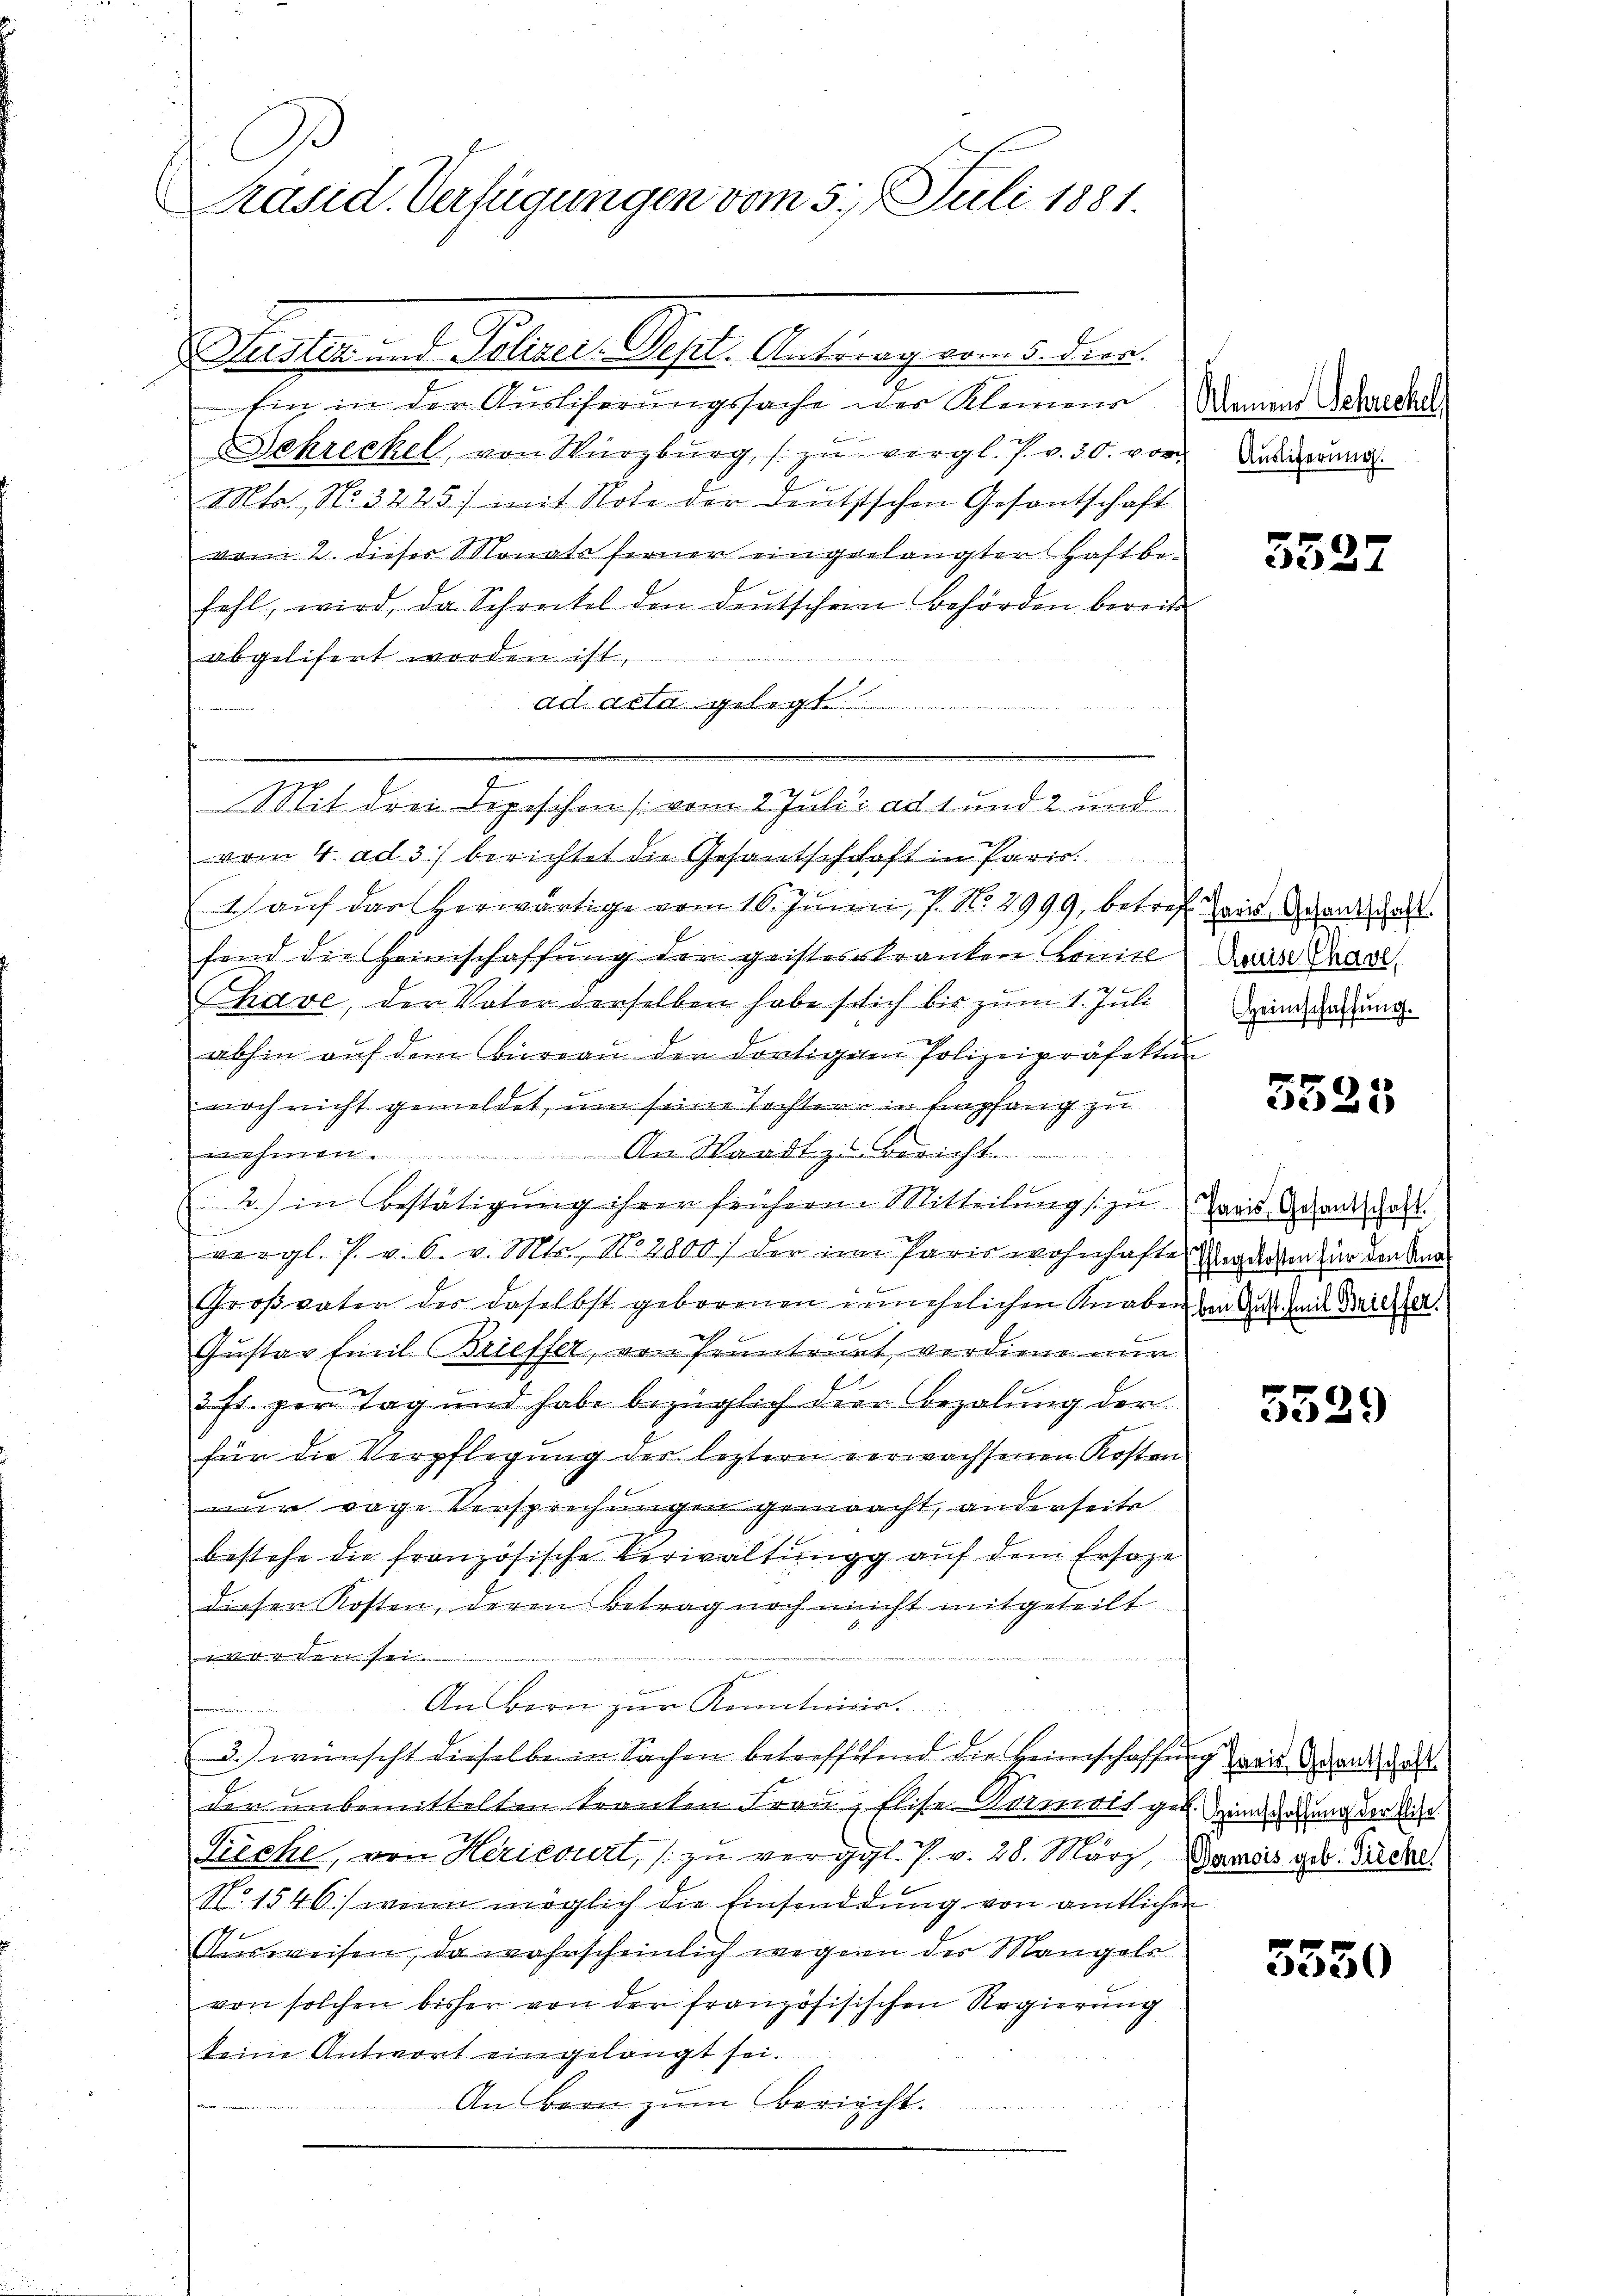
e
Präsid. Verfügungen vom 5. Juli 1881.

uestern d. Galien. Gesel. Antrag von 5. der
Ein in der Auslieferungssache des Kleinens
Schreckel, von Würzburg, zu vergl. P. v. 30. vor
MMts., No. 3225) mit Note der deutstschen Gesantschaft
vom 2. dieser Monate ferner eingelangten Haftbefahl, wird, da Schenckel den deutschen Behörden bereits
abgelifert worden ist,
ad acta gelegt.
e
u
Mit drei Depeschen [vom 2. Juli ad 1 und 2 und
vom 4. ad 3) berichtet die Gesantschaft in Paris
1) auf das herwärtige vom 16. Junii, 7. No. 2999, betref
fend die Heimschaffung der geisteskranken Konite
2
Thave, der Vater derselben habe sich bis zum 1. Juli
abhin aŭf dem Büreaŭ der dortigem Polizeipräfektur
noch nicht gemeldet, um seine Tochtern in Empfang zu
An Waadt zu bericht.
h
2) in Bestätigung ihrer frühern. Mitteilung zu
vergl. J. v. 6. v. Mts., N. 2800 / der in Paris wohnhafte Kosten für den Kna¬
Großvater des daselbst geborenen innehelichen Knaben von des mit Dicker.
e
h
Gustav fiel Brieffer, von früntragt, verdiene nun
2. fl. per Tag und habe bezüglich der Bezalung der
für die Verpflegung der leztern verwachsenen Kosten
nur vage Versprechungen gemaacht, anderseite
bestehe die französische Verwaltungg auf dem Ersaze
dieser Kosten, deren Betrag noch nicht mitgeteilt
M. v. den sein

u
An Bern zur Kenntniss
3.) wünscht dieselbe in Sachen betreffetend die Heimschaffung zwar gerade, das
der unbemittelten kranken Frau Elise Vormit ge
Tieche, von Hericourt, zu vergl. P. v. 28. März, Basis geb. Siche
No. 1546) wenn möglich die Einsendung von amtlichen
Ausweisen, da wahrscheinlich wegen der Mangels
von solchen bisher von der französisischen Regierung
keine Antwort eingelangt sei.
An Bern zum bericht.

Kleinens Schrechel
Auslieferung.

3327

Paris Gesantschaft.
Couise Charl,
Heimschaffung.

5525

Paris Gesantschaft.

5529

Heimschaffung der Elise.

5550